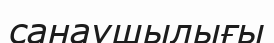
санаушылығы